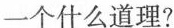
一个什么道理?